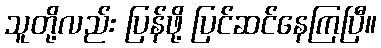
သူတို့လည်း ပြန်ဖို့ ပြင်ဆင်နေကြပြီ။